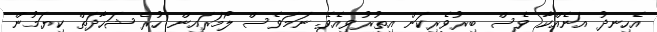
އެހިނދު އަނެއްކާ ވެސް ބިރުވެރިކަން އިތުރުވިއެވެ. ނަމަވެސް ލޯމަރައިން ހުރެ ޝަހާދަތް ކިޔަމުން